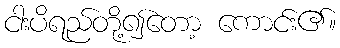
ငါးပိရည်တို့၍တော့ ကောင်း၏။